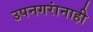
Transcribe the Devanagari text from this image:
उपनगरांनाही